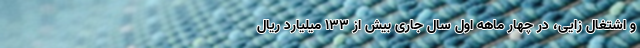
و اشتغال زایی، در چهار ماهه اول سال جاری بیش از 133 میلیارد ریال